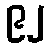
၉၂